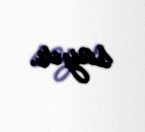
sayır.